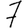
Digit: 7